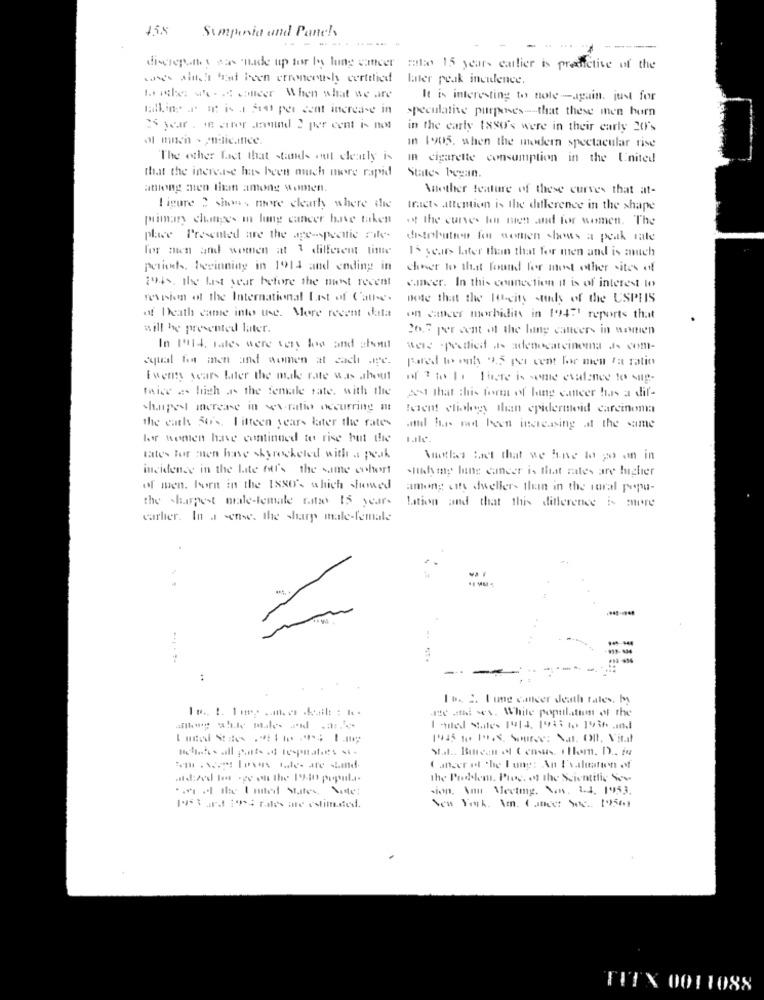
4.5.8
Symposia and Panels
----
discrepancy was made up for by lung cancer rato 15 years earlier is predictive of the
cos sich and been etreneruchy certified
later peak inculence.
bike we . coneer When what we are
It is interesting to nole-again. just for
wall ing or ista sto per cent increase in
speculative purposes -- that these men horn
in the early 1x80's were in their carly 20's
ol mich - enalicantee.
in 1905. when the modern spectacular rise
The other fact that stands out clearly is
in cigarette consumption in the United
States began.
that the increase has been much more rapid
among men than among women.
Another feature of these curves that at-
ligure > whowns more clearly where the
tracts attention is the difference in the shape
primary changes in lung cancer have taken
of the curves kon men and for women. The
place Presented are the age-specific Files
distobutton for women shows a peak rate
for men and women at 1 different tinte
15 years Later than that for men and is auch
periods, bezinning in 1914 and ending in
chner to that found for most other sites of
194s. the last year before the most recent
cancer. In this connection It is of interest lo
revision of the International List of Cathe.
note that the HO-city study of the USPIS
of Death came into use. More recent data
on cancer morbidit in 19421 reports that
will he presented later.
2623 per cent of the hing cancers in women
In Fuld, rates were very los and short
were specified as adenocarcinoma Js com-
aqual fa men and women at cach wyc.
Pared to onby 2.5 per cent lar men ta ratio
Ewerts years Later the make rate was about
of 3 to la There is some evalence to sup-
twice as high as the female rate, with the
post that this formt of hing cancer has a dif-
chapel mercase in sex ratio occurring at
telen! eliohey than epidermeid carcinoma
the cath 50's. I itteen years later the rates
and har med been increasing at the same
lor women have continued to rise but the
rates For aven have skyrocketed with a peak
Naothe fact that we ane to go on in
incidence in the Late foti's the same cohort
.nikdy my lung cancer is that rates are higher
of men, Born in the 1880's which showed
among city dweller- thin in the rural popu-
the sharpest male-female rato 15 years
lation and that this difference is sure
carlier. In a sense. the sharp male-female
I De 2. I ung cancer death tales, by
.zestdi sex. White population of the
1935 to 19.8, Source: Mal. ODf. Vit.d
Staal .. Bureau of Census. thlom. D .. iu
wm . Nos lovas tales are sind.
(anger el The lung: An Evaluation of
atd:zed les see on the 150 popula-
the Podlem, Preg, at the Scientific Som
.. at the United States, Date:
sion. Aun Meeting. Son. 1.4. 1953.
New York. A. Conect Sec .. 1956)
FITX 0011088